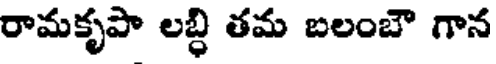
రామకృపా లబ్ధి తమ బలంబౌ గాన